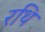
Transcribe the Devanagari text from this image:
रथि